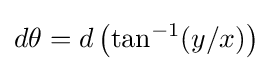
d\theta =d\left(\tan ^{-1}(y/x)\right)